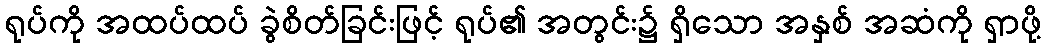
ရုပ်ကို အထပ်ထပ် ခွဲစိတ်ခြင်းဖြင့် ရုပ်၏ အတွင်း၌ ရှိသော အနှစ် အဆံကို ရှာဖို့